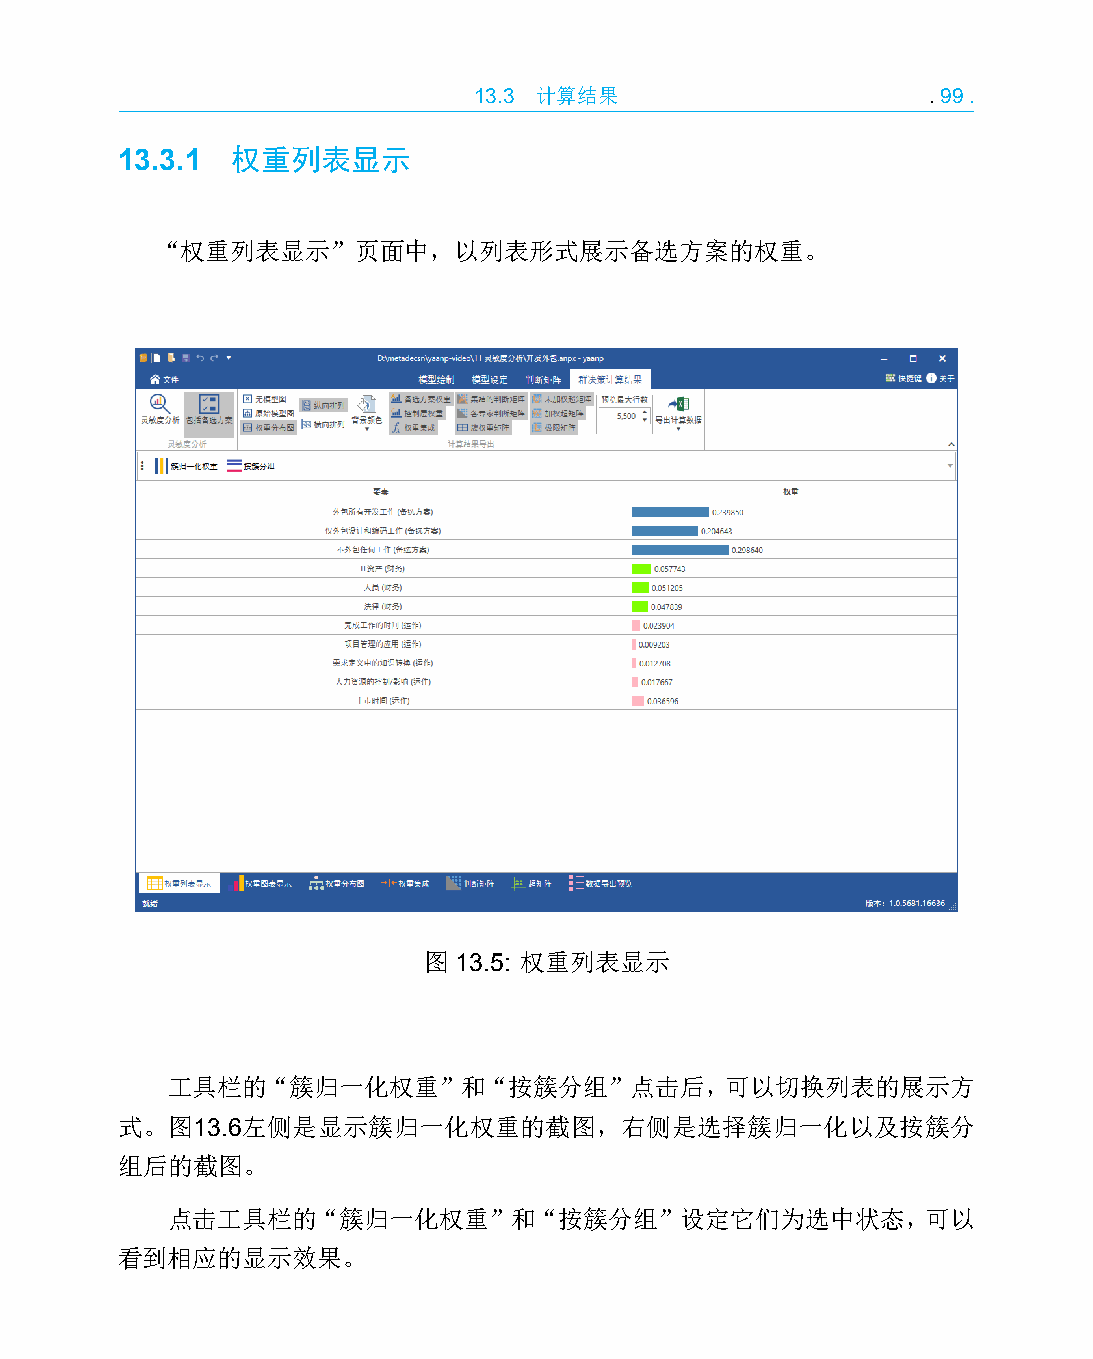
13.3 计算结果                     .99.
 13.3.1 权重列表显示
 “权重列表显示”页面中，以列表形式展示备选方案的权重。
 图 13.5: 权重列表显示
 工具栏的“簇归一化权重”和“按簇分组”点击后，可以切换列表的展示方
 式。图13.6左侧是显示簇归一化权重的截图，右侧是选择簇归一化以及按簇分
 组后的截图。
 点击工具栏的“簇归一化权重”和“按簇分组”设定它们为选中状态，可以
 看到相应的显示效果。